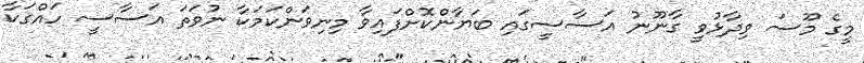
މީގެ މޫސަ ވިދާޅުވީ ގާނޫނު އަސާސީގައި ބަޔާންކޮށްފައިވާ މިނިވަންކަމަކާ ނުވަތަ އަސާސީ ހައްގަކާ